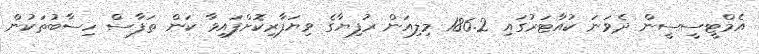
އެމްޓީސީސީން ދެވަނަ ކުއާޓަރުގައި 186.2 މިލިއަން ރުފިޔާގެ ވިޔަފާރިކޮށްފައިވާ ކަން ތަފާސް ހިސާބުތަކުން